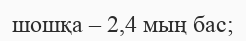
шошқа – 2,4 мың бас;